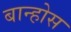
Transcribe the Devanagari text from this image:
बान्होस